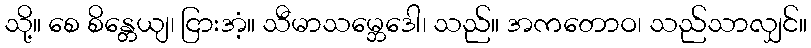
သို့။ စေ စိန္တေယျ၊ ငြားအံ့။ သီမာသမ္ဘေဒေါ၊ သည်။ အကတောဝ၊ သည်သာလျှင်။